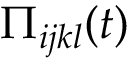
\Pi _ { i j k l } ( t )